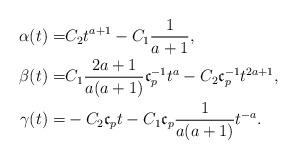
LaTeX: \begin{align*}\begin{aligned}\alpha(t)=&C_2t^{a+1}-C_1\frac{1}{a+1},\\\beta(t)=&C_1\frac{2a+1}{a(a+1)}\mathfrak{c}_{p}^{-1}t^a-C_2\mathfrak{c}_{p}^{-1}t^{2a+1},\\\gamma(t)=&- C_2\mathfrak{c}_{p}t-C_1\mathfrak{c}_{p}\frac{1}{a(a+1)}t^{-a}.\end{aligned}\end{align*}